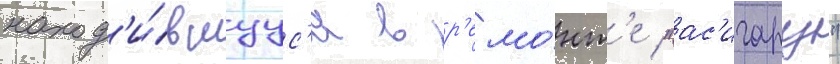
наход'и́вшуус'я в р'емо́нт'е "ас'игару"